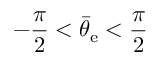
- \frac { \pi } { 2 } < \bar { \theta } _ { \mathrm { e } } < \frac { \pi } { 2 }